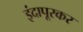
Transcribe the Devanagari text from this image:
इंदापूरकर